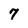
Character: 7